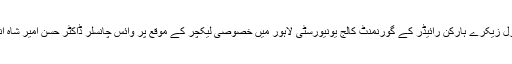
لاہور: امریکی کونصل جنرل زیکرے ہارکن رائیڈر کے گورنمنٹ کالج یونیورسٹی لاہور میں خصوصی لیکچر کے موقع پر وائس چانسلر ڈاکٹر حسن امیر شاہ انہیں شیلڈ پیش کر رہے ہیں۔